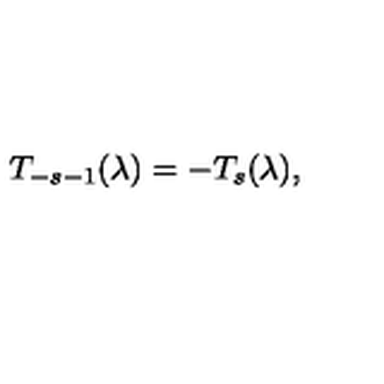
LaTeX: T _ { - s - 1 } ( \lambda ) = - T _ { s } ( \lambda ) ,